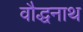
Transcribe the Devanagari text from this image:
वौद्धनाथ